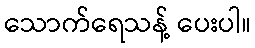
သောက်ရေသန့် ပေးပါ။